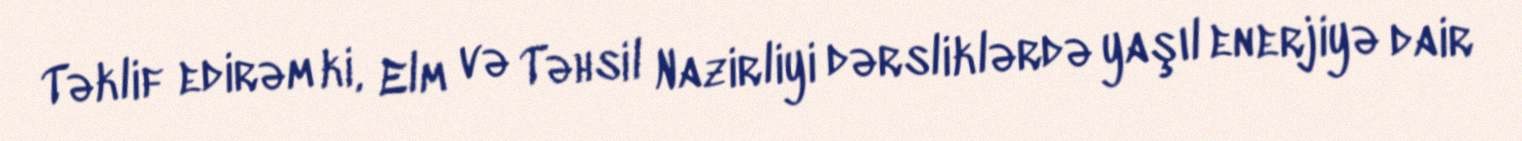
Təklif edirəm ki, Elm və Təhsil Nazirliyi dərsliklərdə yaşıl enerjiyə dair